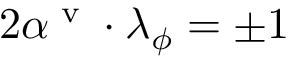
2 \alpha ^ { \textrm { v } } \cdot \lambda _ { \phi } = \pm 1